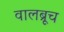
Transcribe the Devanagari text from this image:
वालब्रूच